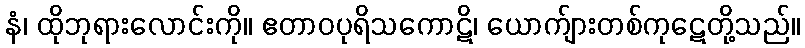
နံ၊ ထိုဘုရားလောင်းကို။ ဧတာဝပုရိသကောဋိ၊ ယောက်ျားတစ်ကုဋေတို့သည်။